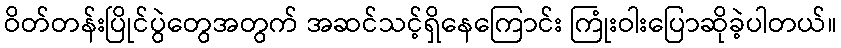
ဝိတ်တန်းပြိုင်ပွဲတွေအတွက် အဆင်သင့်ရှိနေကြောင်း ကြုံးဝါးပြောဆိုခဲ့ပါတယ်။